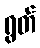
ရွတ်